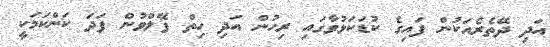
އަދި ދޭތެރެއަކުން ފައިގެ ކުޑަކަޅުވާގައި ރިހުން އަދި ހިތް ފޭލްވުން ފަދަ ކަންކަމަކީ